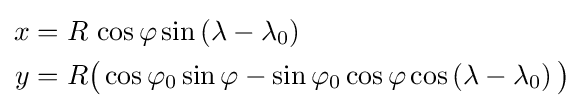
{\begin{aligned}x&=R\,\cos \varphi \sin \left(\lambda -\lambda _{0}\right)\\y&=R{\big (}\cos \varphi _{0}\sin \varphi -\sin \varphi _{0}\cos \varphi \cos \left(\lambda -\lambda _{0}\right){\big )}\end{aligned}}